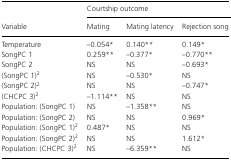
<table><thead><tr><td></td><td colspan="3"><b>Courtship outcome</b></td></tr><tr><td><b>Variable</b></td><td><b>Mating</b></td><td><b>Mating latency</b></td><td><b>Rejection song</b></td></tr></thead><tbody><tr><td>Temperature</td><td>−0.054*</td><td>0.140<sup>**</sup></td><td>0.149*</td></tr><tr><td>SongPC 1</td><td>0.259<sup>**</sup></td><td>−0.377*</td><td>−0.770<sup>**</sup></td></tr><tr><td>SongPC 2</td><td>NS</td><td>NS</td><td>−0.693*</td></tr><tr><td>(SongPC 1)<sup>2</sup></td><td>NS</td><td>−0.530*</td><td>NS</td></tr><tr><td>(SongPC 2)<sup>2</sup></td><td>NS</td><td>NS</td><td>−0.747*</td></tr><tr><td>(CHCPC 3)<sup>2</sup></td><td>−1.114<sup>**</sup></td><td>NS</td><td>NS</td></tr><tr><td>Population: (SongPC 1)</td><td>NS</td><td>−1.358<sup>**</sup></td><td>NS</td></tr><tr><td>Population: (SongPC 2)</td><td>NS</td><td>NS</td><td>0.969*</td></tr><tr><td>Population: (SongPC 1)<sup>2</sup></td><td>0.487*</td><td>NS</td><td>NS</td></tr><tr><td>Population: (SongPC 2)<sup>2</sup></td><td>NS</td><td>NS</td><td>1.612*</td></tr><tr><td>Population: (CHCPC 3)<sup>2</sup></td><td>NS</td><td>−6.359<sup>**</sup></td><td>NS</td></tr></tbody></table>